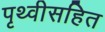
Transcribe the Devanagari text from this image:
पृथ्वीसहित